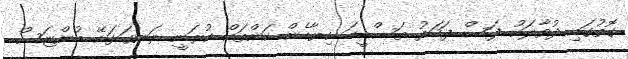
ގޮތުގައި ދުވާލަކު ފަސް ފަހަރު ތަސްބީހަ ކިޔާހެން ކަންތައް ކުރަނީ ރަނގަޅަށޭ ބުންޏަސް